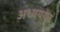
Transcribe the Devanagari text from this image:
अध्यययन